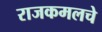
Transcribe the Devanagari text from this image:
राजकमलचे